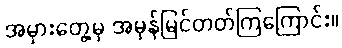
အမှားတွေ့မှ အမှန်မြင်တတ်ကြကြောင်း။